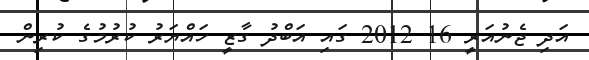
އަދި ޖެނުއަރީ 16 2012 ގައި އަބްދު ގާޒީ ހައްޔަރު ކުރުމުގެ ކުރިން